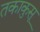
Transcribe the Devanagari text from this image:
तकाकुसू